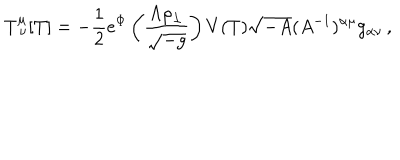
LaTeX: T _ { \ \nu } ^ { \mu } [ T ] = - { \frac { 1 } { 2 } } e ^ { \Phi } \left( { \frac { \Lambda \rho _ { \perp } } { \sqrt { - g } } } \right) V ( T ) \sqrt { - A } ( A ^ { - 1 } ) ^ { \alpha \mu } g _ { \alpha \nu } \, ,